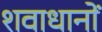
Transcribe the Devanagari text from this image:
शवाधानों